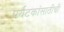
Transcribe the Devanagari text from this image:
पर्यटकांसाठीची